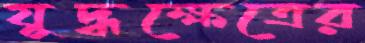
যুদ্ধক্ষেত্রের